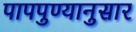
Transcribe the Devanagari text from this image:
पापपुण्यानुसार